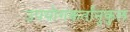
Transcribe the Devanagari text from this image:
उपयोगकर्तानुकुल